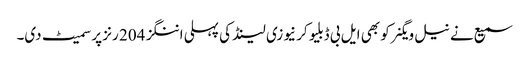
سمیع نے نیل ویگنر کو بھی ایل بی ڈبلیو کر نیوزی لینڈ کی پہلی اننگز 204 رنز پر سمیٹ دی۔